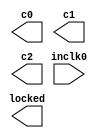
// megafunction wizard: %ALTPLL%VBB%
// GENERATION: STANDARD
// VERSION: WM1.0
// MODULE: altpll 

// ============================================================
// Megafunction Name(s):
// 			altpll
//
// Simulation Library Files(s):
// 			altera_mf
// ============================================================
// ************************************************************
// THIS IS A WIZARD-GENERATED FILE. DO NOT EDIT THIS FILE!
//
// 18.0.0 Build 614 04/24/2018 SJ Lite Edition
// ************************************************************

//Copyright (C) 2018  Intel Corporation. All rights reserved.
//Your use of Intel Corporation's design tools, logic functions 
//and other software and tools, and its AMPP partner logic 
//functions, and any output files from any of the foregoing 
//(including device programming or simulation files), and any 
//associated documentation or information are expressly subject 
//to the terms and conditions of the Intel Program License 
//Subscription Agreement, the Intel Quartus Prime License Agreement,
//the Intel FPGA IP License Agreement, or other applicable license
//agreement, including, without limitation, that your use is for
//the sole purpose of programming logic devices manufactured by
//Intel and sold by Intel or its authorized distributors.  Please
//refer to the applicable agreement for further details.

module pll_sys (
	inclk0,
	c0,
	c1,
	c2,
	locked);

	input	  inclk0;
	output	  c0;
	output	  c1;
	output	  c2;
	output	  locked;

endmodule

// ============================================================
// CNX file retrieval info
// ============================================================
// Retrieval info: PRIVATE: ACTIVECLK_CHECK STRING "0"
// Retrieval info: PRIVATE: BANDWIDTH STRING "1.000"
// Retrieval info: PRIVATE: BANDWIDTH_FEATURE_ENABLED STRING "1"
// Retrieval info: PRIVATE: BANDWIDTH_FREQ_UNIT STRING "MHz"
// Retrieval info: PRIVATE: BANDWIDTH_PRESET STRING "Low"
// Retrieval info: PRIVATE: BANDWIDTH_USE_AUTO STRING "1"
// Retrieval info: PRIVATE: BANDWIDTH_USE_PRESET STRING "0"
// Retrieval info: PRIVATE: CLKBAD_SWITCHOVER_CHECK STRING "0"
// Retrieval info: PRIVATE: CLKLOSS_CHECK STRING "0"
// Retrieval info: PRIVATE: CLKSWITCH_CHECK STRING "0"
// Retrieval info: PRIVATE: CNX_NO_COMPENSATE_RADIO STRING "0"
// Retrieval info: PRIVATE: CREATE_CLKBAD_CHECK STRING "0"
// Retrieval info: PRIVATE: CREATE_INCLK1_CHECK STRING "0"
// Retrieval info: PRIVATE: CUR_DEDICATED_CLK STRING "c0"
// Retrieval info: PRIVATE: CUR_FBIN_CLK STRING "c0"
// Retrieval info: PRIVATE: DEVICE_SPEED_GRADE STRING "6"
// Retrieval info: PRIVATE: DIV_FACTOR0 NUMERIC "1"
// Retrieval info: PRIVATE: DIV_FACTOR1 NUMERIC "1"
// Retrieval info: PRIVATE: DIV_FACTOR2 NUMERIC "1"
// Retrieval info: PRIVATE: DUTY_CYCLE0 STRING "50.00000000"
// Retrieval info: PRIVATE: DUTY_CYCLE1 STRING "50.00000000"
// Retrieval info: PRIVATE: DUTY_CYCLE2 STRING "50.00000000"
// Retrieval info: PRIVATE: EFF_OUTPUT_FREQ_VALUE0 STRING "100.000000"
// Retrieval info: PRIVATE: EFF_OUTPUT_FREQ_VALUE1 STRING "7.372800"
// Retrieval info: PRIVATE: EFF_OUTPUT_FREQ_VALUE2 STRING "1.843200"
// Retrieval info: PRIVATE: EXPLICIT_SWITCHOVER_COUNTER STRING "0"
// Retrieval info: PRIVATE: EXT_FEEDBACK_RADIO STRING "0"
// Retrieval info: PRIVATE: GLOCKED_COUNTER_EDIT_CHANGED STRING "1"
// Retrieval info: PRIVATE: GLOCKED_FEATURE_ENABLED STRING "0"
// Retrieval info: PRIVATE: GLOCKED_MODE_CHECK STRING "0"
// Retrieval info: PRIVATE: GLOCK_COUNTER_EDIT NUMERIC "1048575"
// Retrieval info: PRIVATE: HAS_MANUAL_SWITCHOVER STRING "1"
// Retrieval info: PRIVATE: INCLK0_FREQ_EDIT STRING "50.000"
// Retrieval info: PRIVATE: INCLK0_FREQ_UNIT_COMBO STRING "MHz"
// Retrieval info: PRIVATE: INCLK1_FREQ_EDIT STRING "100.000"
// Retrieval info: PRIVATE: INCLK1_FREQ_EDIT_CHANGED STRING "1"
// Retrieval info: PRIVATE: INCLK1_FREQ_UNIT_CHANGED STRING "1"
// Retrieval info: PRIVATE: INCLK1_FREQ_UNIT_COMBO STRING "MHz"
// Retrieval info: PRIVATE: INTENDED_DEVICE_FAMILY STRING "Cyclone IV E"
// Retrieval info: PRIVATE: INT_FEEDBACK__MODE_RADIO STRING "1"
// Retrieval info: PRIVATE: LOCKED_OUTPUT_CHECK STRING "1"
// Retrieval info: PRIVATE: LONG_SCAN_RADIO STRING "1"
// Retrieval info: PRIVATE: LVDS_MODE_DATA_RATE STRING "Not Available"
// Retrieval info: PRIVATE: LVDS_MODE_DATA_RATE_DIRTY NUMERIC "0"
// Retrieval info: PRIVATE: LVDS_PHASE_SHIFT_UNIT0 STRING "deg"
// Retrieval info: PRIVATE: LVDS_PHASE_SHIFT_UNIT1 STRING "deg"
// Retrieval info: PRIVATE: LVDS_PHASE_SHIFT_UNIT2 STRING "deg"
// Retrieval info: PRIVATE: MIG_DEVICE_SPEED_GRADE STRING "Any"
// Retrieval info: PRIVATE: MIRROR_CLK0 STRING "0"
// Retrieval info: PRIVATE: MIRROR_CLK1 STRING "0"
// Retrieval info: PRIVATE: MIRROR_CLK2 STRING "0"
// Retrieval info: PRIVATE: MULT_FACTOR0 NUMERIC "1"
// Retrieval info: PRIVATE: MULT_FACTOR1 NUMERIC "1"
// Retrieval info: PRIVATE: MULT_FACTOR2 NUMERIC "1"
// Retrieval info: PRIVATE: NORMAL_MODE_RADIO STRING "1"
// Retrieval info: PRIVATE: OUTPUT_FREQ0 STRING "100.00000000"
// Retrieval info: PRIVATE: OUTPUT_FREQ1 STRING "7.37280000"
// Retrieval info: PRIVATE: OUTPUT_FREQ2 STRING "1.84320000"
// Retrieval info: PRIVATE: OUTPUT_FREQ_MODE0 STRING "1"
// Retrieval info: PRIVATE: OUTPUT_FREQ_MODE1 STRING "1"
// Retrieval info: PRIVATE: OUTPUT_FREQ_MODE2 STRING "1"
// Retrieval info: PRIVATE: OUTPUT_FREQ_UNIT0 STRING "MHz"
// Retrieval info: PRIVATE: OUTPUT_FREQ_UNIT1 STRING "MHz"
// Retrieval info: PRIVATE: OUTPUT_FREQ_UNIT2 STRING "MHz"
// Retrieval info: PRIVATE: PHASE_RECONFIG_FEATURE_ENABLED STRING "1"
// Retrieval info: PRIVATE: PHASE_RECONFIG_INPUTS_CHECK STRING "0"
// Retrieval info: PRIVATE: PHASE_SHIFT0 STRING "0.00000000"
// Retrieval info: PRIVATE: PHASE_SHIFT1 STRING "0.00000000"
// Retrieval info: PRIVATE: PHASE_SHIFT2 STRING "0.00000000"
// Retrieval info: PRIVATE: PHASE_SHIFT_STEP_ENABLED_CHECK STRING "0"
// Retrieval info: PRIVATE: PHASE_SHIFT_UNIT0 STRING "deg"
// Retrieval info: PRIVATE: PHASE_SHIFT_UNIT1 STRING "deg"
// Retrieval info: PRIVATE: PHASE_SHIFT_UNIT2 STRING "deg"
// Retrieval info: PRIVATE: PLL_ADVANCED_PARAM_CHECK STRING "0"
// Retrieval info: PRIVATE: PLL_ARESET_CHECK STRING "0"
// Retrieval info: PRIVATE: PLL_AUTOPLL_CHECK NUMERIC "1"
// Retrieval info: PRIVATE: PLL_ENHPLL_CHECK NUMERIC "0"
// Retrieval info: PRIVATE: PLL_FASTPLL_CHECK NUMERIC "0"
// Retrieval info: PRIVATE: PLL_FBMIMIC_CHECK STRING "0"
// Retrieval info: PRIVATE: PLL_LVDS_PLL_CHECK NUMERIC "0"
// Retrieval info: PRIVATE: PLL_PFDENA_CHECK STRING "0"
// Retrieval info: PRIVATE: PLL_TARGET_HARCOPY_CHECK NUMERIC "0"
// Retrieval info: PRIVATE: PRIMARY_CLK_COMBO STRING "inclk0"
// Retrieval info: PRIVATE: RECONFIG_FILE STRING "pll_sys.mif"
// Retrieval info: PRIVATE: SACN_INPUTS_CHECK STRING "0"
// Retrieval info: PRIVATE: SCAN_FEATURE_ENABLED STRING "1"
// Retrieval info: PRIVATE: SELF_RESET_LOCK_LOSS STRING "1"
// Retrieval info: PRIVATE: SHORT_SCAN_RADIO STRING "0"
// Retrieval info: PRIVATE: SPREAD_FEATURE_ENABLED STRING "0"
// Retrieval info: PRIVATE: SPREAD_FREQ STRING "50.000"
// Retrieval info: PRIVATE: SPREAD_FREQ_UNIT STRING "KHz"
// Retrieval info: PRIVATE: SPREAD_PERCENT STRING "0.500"
// Retrieval info: PRIVATE: SPREAD_USE STRING "0"
// Retrieval info: PRIVATE: SRC_SYNCH_COMP_RADIO STRING "0"
// Retrieval info: PRIVATE: STICKY_CLK0 STRING "1"
// Retrieval info: PRIVATE: STICKY_CLK1 STRING "1"
// Retrieval info: PRIVATE: STICKY_CLK2 STRING "1"
// Retrieval info: PRIVATE: SWITCHOVER_COUNT_EDIT NUMERIC "1"
// Retrieval info: PRIVATE: SWITCHOVER_FEATURE_ENABLED STRING "1"
// Retrieval info: PRIVATE: SYNTH_WRAPPER_GEN_POSTFIX STRING "0"
// Retrieval info: PRIVATE: USE_CLK0 STRING "1"
// Retrieval info: PRIVATE: USE_CLK1 STRING "1"
// Retrieval info: PRIVATE: USE_CLK2 STRING "1"
// Retrieval info: PRIVATE: USE_CLKENA0 STRING "0"
// Retrieval info: PRIVATE: USE_CLKENA1 STRING "0"
// Retrieval info: PRIVATE: USE_CLKENA2 STRING "0"
// Retrieval info: PRIVATE: USE_MIL_SPEED_GRADE NUMERIC "0"
// Retrieval info: PRIVATE: ZERO_DELAY_RADIO STRING "0"
// Retrieval info: LIBRARY: altera_mf altera_mf.altera_mf_components.all
// Retrieval info: CONSTANT: BANDWIDTH_TYPE STRING "AUTO"
// Retrieval info: CONSTANT: CLK0_DIVIDE_BY NUMERIC "1"
// Retrieval info: CONSTANT: CLK0_DUTY_CYCLE NUMERIC "50"
// Retrieval info: CONSTANT: CLK0_MULTIPLY_BY NUMERIC "2"
// Retrieval info: CONSTANT: CLK0_PHASE_SHIFT STRING "0"
// Retrieval info: CONSTANT: CLK1_DIVIDE_BY NUMERIC "15625"
// Retrieval info: CONSTANT: CLK1_DUTY_CYCLE NUMERIC "50"
// Retrieval info: CONSTANT: CLK1_MULTIPLY_BY NUMERIC "2304"
// Retrieval info: CONSTANT: CLK1_PHASE_SHIFT STRING "0"
// Retrieval info: CONSTANT: CLK2_DIVIDE_BY NUMERIC "15625"
// Retrieval info: CONSTANT: CLK2_DUTY_CYCLE NUMERIC "50"
// Retrieval info: CONSTANT: CLK2_MULTIPLY_BY NUMERIC "576"
// Retrieval info: CONSTANT: CLK2_PHASE_SHIFT STRING "0"
// Retrieval info: CONSTANT: COMPENSATE_CLOCK STRING "CLK0"
// Retrieval info: CONSTANT: INCLK0_INPUT_FREQUENCY NUMERIC "20000"
// Retrieval info: CONSTANT: INTENDED_DEVICE_FAMILY STRING "Cyclone IV E"
// Retrieval info: CONSTANT: LPM_TYPE STRING "altpll"
// Retrieval info: CONSTANT: OPERATION_MODE STRING "NORMAL"
// Retrieval info: CONSTANT: PLL_TYPE STRING "AUTO"
// Retrieval info: CONSTANT: PORT_ACTIVECLOCK STRING "PORT_UNUSED"
// Retrieval info: CONSTANT: PORT_ARESET STRING "PORT_UNUSED"
// Retrieval info: CONSTANT: PORT_CLKBAD0 STRING "PORT_UNUSED"
// Retrieval info: CONSTANT: PORT_CLKBAD1 STRING "PORT_UNUSED"
// Retrieval info: CONSTANT: PORT_CLKLOSS STRING "PORT_UNUSED"
// Retrieval info: CONSTANT: PORT_CLKSWITCH STRING "PORT_UNUSED"
// Retrieval info: CONSTANT: PORT_CONFIGUPDATE STRING "PORT_UNUSED"
// Retrieval info: CONSTANT: PORT_FBIN STRING "PORT_UNUSED"
// Retrieval info: CONSTANT: PORT_INCLK0 STRING "PORT_USED"
// Retrieval info: CONSTANT: PORT_INCLK1 STRING "PORT_UNUSED"
// Retrieval info: CONSTANT: PORT_LOCKED STRING "PORT_USED"
// Retrieval info: CONSTANT: PORT_PFDENA STRING "PORT_UNUSED"
// Retrieval info: CONSTANT: PORT_PHASECOUNTERSELECT STRING "PORT_UNUSED"
// Retrieval info: CONSTANT: PORT_PHASEDONE STRING "PORT_UNUSED"
// Retrieval info: CONSTANT: PORT_PHASESTEP STRING "PORT_UNUSED"
// Retrieval info: CONSTANT: PORT_PHASEUPDOWN STRING "PORT_UNUSED"
// Retrieval info: CONSTANT: PORT_PLLENA STRING "PORT_UNUSED"
// Retrieval info: CONSTANT: PORT_SCANACLR STRING "PORT_UNUSED"
// Retrieval info: CONSTANT: PORT_SCANCLK STRING "PORT_UNUSED"
// Retrieval info: CONSTANT: PORT_SCANCLKENA STRING "PORT_UNUSED"
// Retrieval info: CONSTANT: PORT_SCANDATA STRING "PORT_UNUSED"
// Retrieval info: CONSTANT: PORT_SCANDATAOUT STRING "PORT_UNUSED"
// Retrieval info: CONSTANT: PORT_SCANDONE STRING "PORT_UNUSED"
// Retrieval info: CONSTANT: PORT_SCANREAD STRING "PORT_UNUSED"
// Retrieval info: CONSTANT: PORT_SCANWRITE STRING "PORT_UNUSED"
// Retrieval info: CONSTANT: PORT_clk0 STRING "PORT_USED"
// Retrieval info: CONSTANT: PORT_clk1 STRING "PORT_USED"
// Retrieval info: CONSTANT: PORT_clk2 STRING "PORT_USED"
// Retrieval info: CONSTANT: PORT_clk3 STRING "PORT_UNUSED"
// Retrieval info: CONSTANT: PORT_clk4 STRING "PORT_UNUSED"
// Retrieval info: CONSTANT: PORT_clk5 STRING "PORT_UNUSED"
// Retrieval info: CONSTANT: PORT_clkena0 STRING "PORT_UNUSED"
// Retrieval info: CONSTANT: PORT_clkena1 STRING "PORT_UNUSED"
// Retrieval info: CONSTANT: PORT_clkena2 STRING "PORT_UNUSED"
// Retrieval info: CONSTANT: PORT_clkena3 STRING "PORT_UNUSED"
// Retrieval info: CONSTANT: PORT_clkena4 STRING "PORT_UNUSED"
// Retrieval info: CONSTANT: PORT_clkena5 STRING "PORT_UNUSED"
// Retrieval info: CONSTANT: PORT_extclk0 STRING "PORT_UNUSED"
// Retrieval info: CONSTANT: PORT_extclk1 STRING "PORT_UNUSED"
// Retrieval info: CONSTANT: PORT_extclk2 STRING "PORT_UNUSED"
// Retrieval info: CONSTANT: PORT_extclk3 STRING "PORT_UNUSED"
// Retrieval info: CONSTANT: SELF_RESET_ON_LOSS_LOCK STRING "ON"
// Retrieval info: CONSTANT: WIDTH_CLOCK NUMERIC "5"
// Retrieval info: USED_PORT: @clk 0 0 5 0 OUTPUT_CLK_EXT VCC "@clk[4..0]"
// Retrieval info: USED_PORT: c0 0 0 0 0 OUTPUT_CLK_EXT VCC "c0"
// Retrieval info: USED_PORT: c1 0 0 0 0 OUTPUT_CLK_EXT VCC "c1"
// Retrieval info: USED_PORT: c2 0 0 0 0 OUTPUT_CLK_EXT VCC "c2"
// Retrieval info: USED_PORT: inclk0 0 0 0 0 INPUT_CLK_EXT GND "inclk0"
// Retrieval info: USED_PORT: locked 0 0 0 0 OUTPUT GND "locked"
// Retrieval info: CONNECT: @inclk 0 0 1 1 GND 0 0 0 0
// Retrieval info: CONNECT: @inclk 0 0 1 0 inclk0 0 0 0 0
// Retrieval info: CONNECT: c0 0 0 0 0 @clk 0 0 1 0
// Retrieval info: CONNECT: c1 0 0 0 0 @clk 0 0 1 1
// Retrieval info: CONNECT: c2 0 0 0 0 @clk 0 0 1 2
// Retrieval info: CONNECT: locked 0 0 0 0 @locked 0 0 0 0
// Retrieval info: GEN_FILE: TYPE_NORMAL pll_sys.v TRUE
// Retrieval info: GEN_FILE: TYPE_NORMAL pll_sys.ppf TRUE
// Retrieval info: GEN_FILE: TYPE_NORMAL pll_sys.inc FALSE
// Retrieval info: GEN_FILE: TYPE_NORMAL pll_sys.cmp FALSE
// Retrieval info: GEN_FILE: TYPE_NORMAL pll_sys.bsf FALSE
// Retrieval info: GEN_FILE: TYPE_NORMAL pll_sys_inst.v TRUE
// Retrieval info: GEN_FILE: TYPE_NORMAL pll_sys_bb.v TRUE
// Retrieval info: LIB_FILE: altera_mf
// Retrieval info: CBX_MODULE_PREFIX: ON